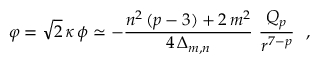
\varphi = \sqrt { 2 } \, \kappa \, \phi \simeq - \frac { n ^ { 2 } \, ( p - 3 ) + 2 \, m ^ { 2 } } { 4 \, \Delta _ { m , n } } ~ \frac { Q _ { p } } { r ^ { 7 - p } } ~ ~ ,